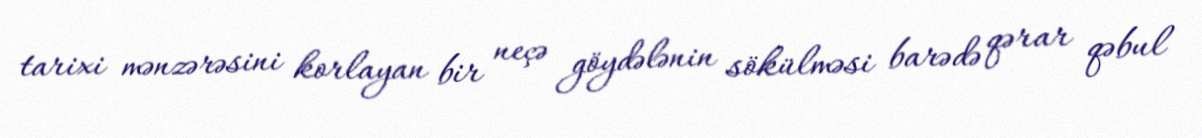
tarixi mənzərəsini korlayan bir neçə göydələnin sökülməsi barədə qərar qəbul